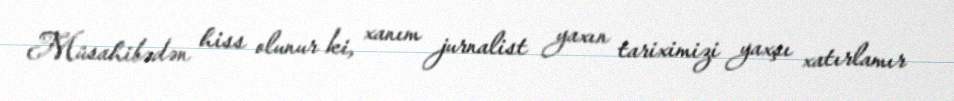
Müsahibədən hiss olunur ki, xanım jurnalist yaxın tariximizi yaxşı xatırlamır